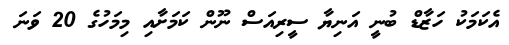
އެކަމަކު ހަޒާޑް ބުނީ އަނިޔާ ސީރިއަސް ނޫން ކަމަށާއި މިމަހުގެ 20 ވަނަ